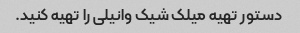
دستور تهیه میلک شیک وانیلی را تهیه کنید.